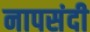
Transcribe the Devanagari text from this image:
नापसंदी